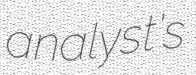
analyst's